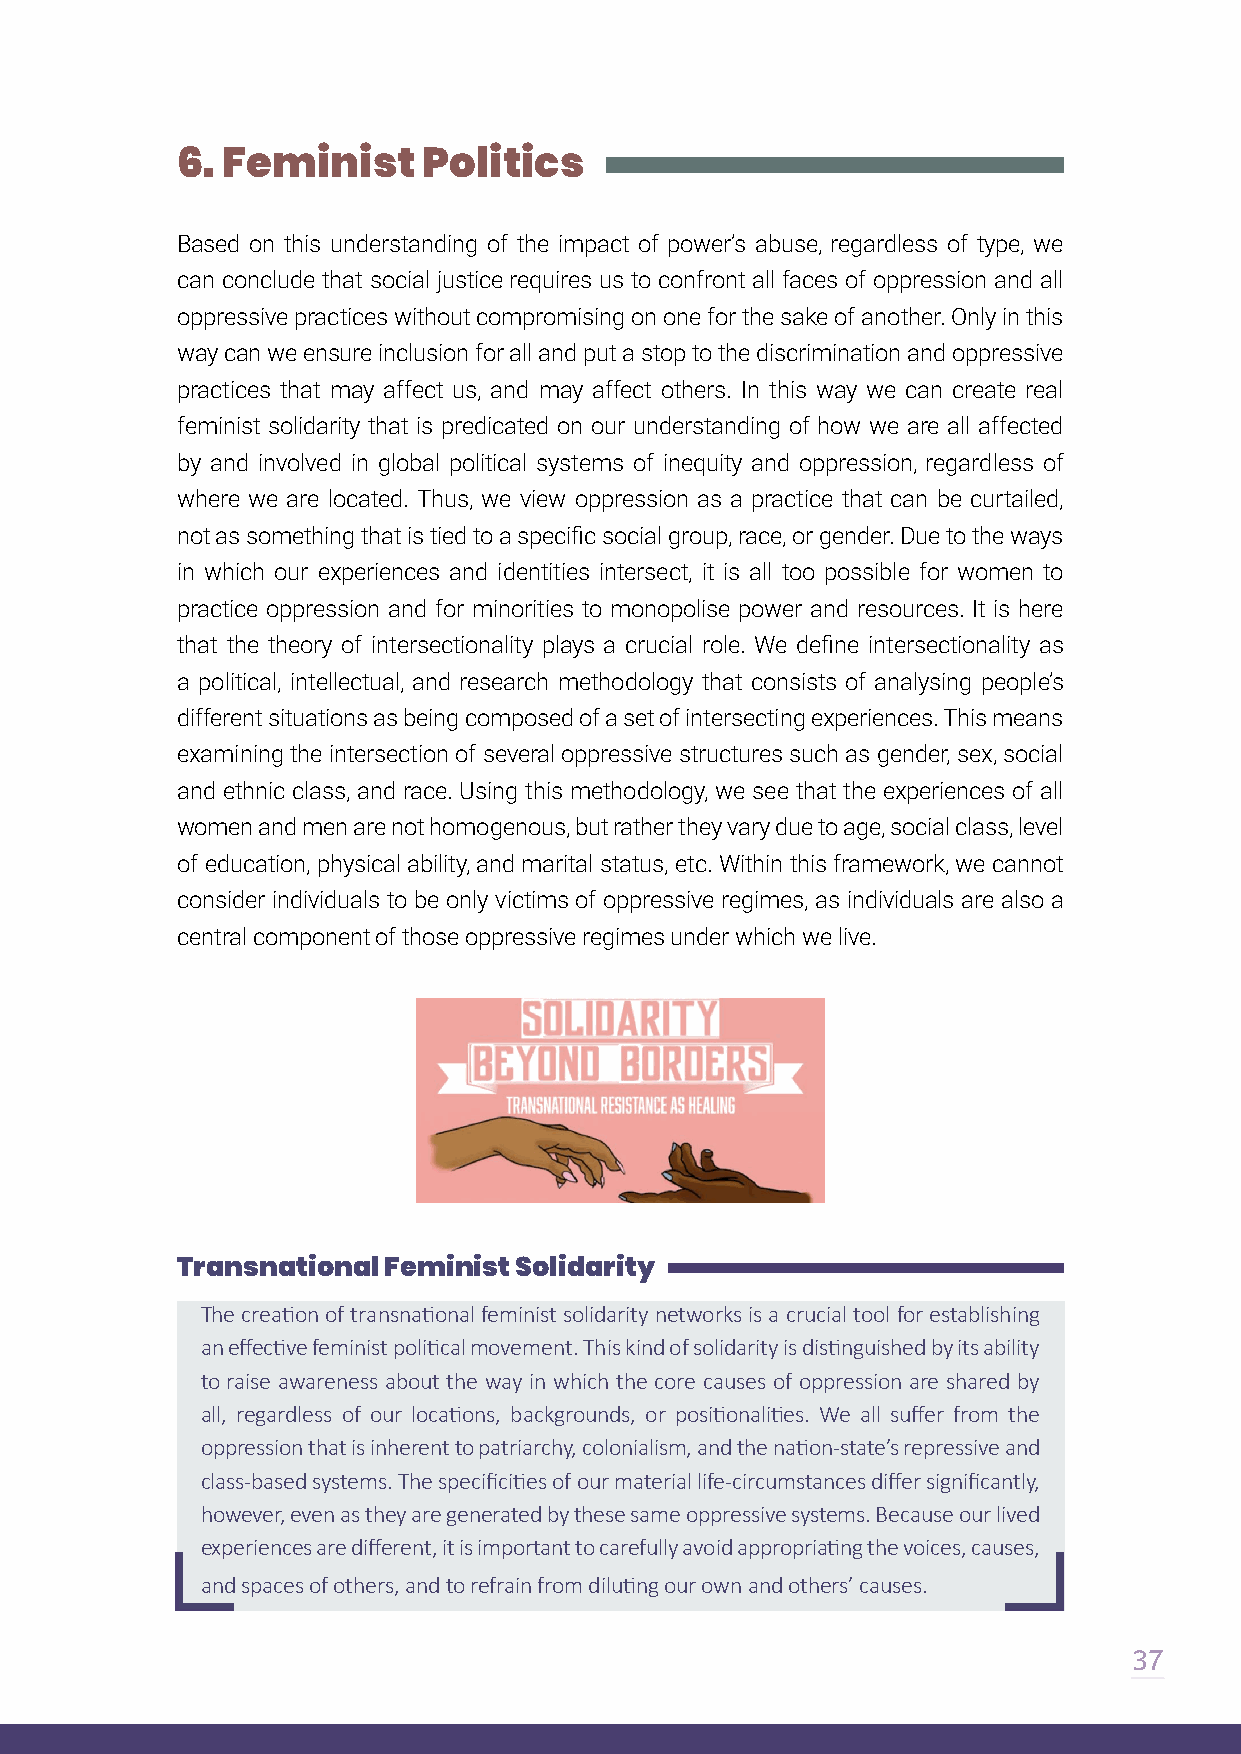
6. Feminist     Politics
 Based on this understanding of the impact of power’s abuse, regardless of type, we
 can conclude that social justice requires us to confront all faces of oppression and all
 oppressive practices without compromising on one for the sake of another. Only in this
 way can we ensure inclusion for all and put a stop to the discrimination and oppressive
 practices that may affect us, and may affect others. In this way we can create real
 feminist solidarity that is predicated on our understanding of how we are all affected
 by and involved in global political systems of inequity and oppression, regardless of
 where we are located. Thus, we view oppression as a practice that can be curtailed,
 not as something that is tied to a specific social group, race, or gender. Due to the ways
 in which our experiences and identities intersect, it is all too possible for women to
 practice oppression and for minorities to monopolise power and resources. It is here
 that the theory of intersectionality plays a crucial role. We define intersectionality as
 a political, intellectual, and research methodology that consists of analysing people’s
 different situations as being composed of a set of intersecting experiences. This means
 examining the intersection of several oppressive structures such as gender, sex, social
 and ethnic class, and race. Using this methodology, we see that the experiences of all
 women and men are not homogenous, but rather they vary due to age, social class, level
 of education, physical ability, and marital status, etc. Within this framework, we cannot
 consider individuals to be only victims of oppressive regimes, as individuals are also a
 central component of those oppressive regimes under which we live.
 Transnational Feminist Solidarity
 The creation of transnational feminist solidarity networks is a crucial tool for establishing
 an effective feminist political movement. This kind of solidarity is distinguished by its ability
 to raise awareness about the way in which the core causes of oppression are shared by
 all, regardless of our locations, backgrounds, or positionalities. We all suffer from the
 oppression that is inherent to patriarchy, colonialism, and the nation-state’s repressive and
 class-based systems. The specificities of our material life-circumstances differ significantly,
 however, even as they are generated by these same oppressive systems. Because our lived
 experiences are different, it is important to carefully avoid appropriating the voices, causes,
 and spaces of others, and to refrain from diluting our own and others’ causes.
 37